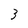
Character: 3